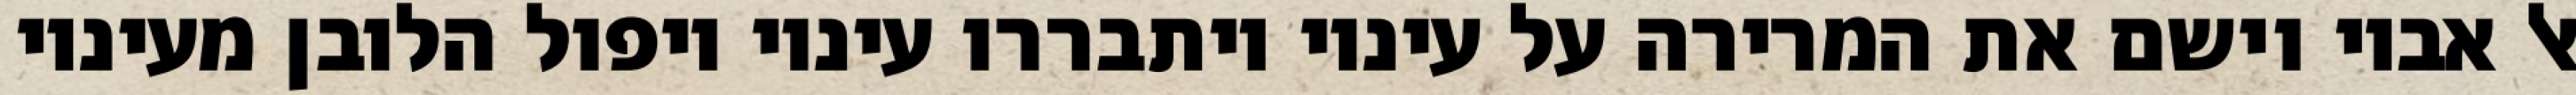
אל אביו וישם את המרירה על עיניו ויתבררו עיניו ויפול הלובן מעיניו